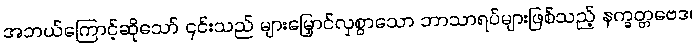
အဘယ်ကြောင့်ဆိုသော် ၎င်းသည် များမြှောင်လှစွာသော ဘာသာရပ်များဖြစ်သည့် နက္ခတ္တဗေဒ၊